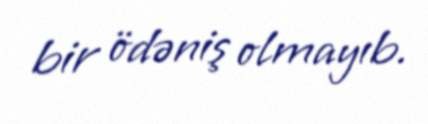
bir ödəniş olmayıb.